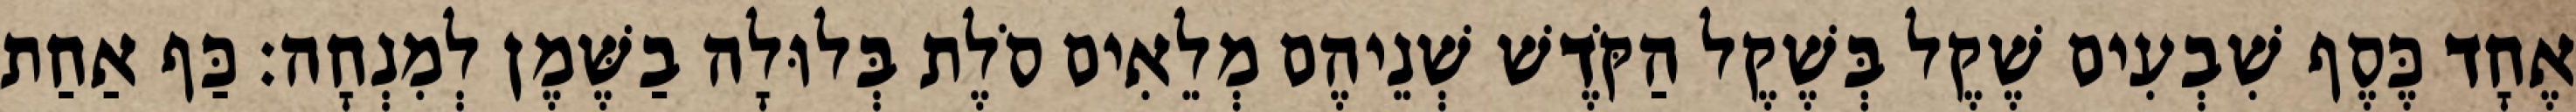
אֶחָד כֶּסֶף שִׁבְעִים שֶׁקֶל בְּשֶׁקֶל הַקֹּדֶשׁ שְׁנֵיהֶם מְלֵאִים סֹלֶת בְּלוּלָה בַשֶּׁמֶן לְמִנְחָה׃ כַּף אַחַת